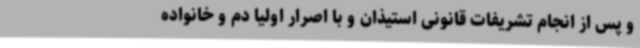
و پس از انجام تشریفات قانونی استیذان و با اصرار اولیا دم و خانواده